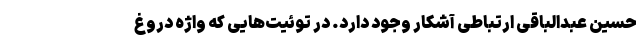
حسین عبدالباقی ارتباطی آشکار وجود دارد. در توئیت‌هایی که واژه دروغ